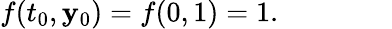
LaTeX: f(t_{0},\mathbf{y}_{0})=f(0,1)=1.\qquad\qquad